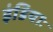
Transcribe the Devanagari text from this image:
इंडियाः